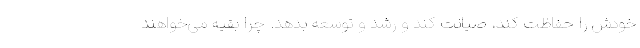
خودش را حفاظت کند، صیانت کند و رشد و توسعه بدهد. چرا بقیه می‌خواهند